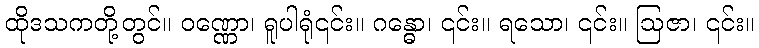
ထိုဒသကတို့တွင်။ ဝဏ္ဏော၊ ရူပါရုံ၎င်း။ ဂန္ဓော၊ ၎င်း။ ရသော၊ ၎င်း။ ဩဇာ၊ ၎င်း။